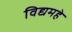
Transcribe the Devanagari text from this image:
विद्यमहे